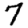
Digit: 7